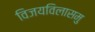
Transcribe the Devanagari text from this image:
विजयविलासमु